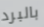
بالبرد